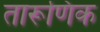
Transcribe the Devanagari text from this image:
तारूणिक